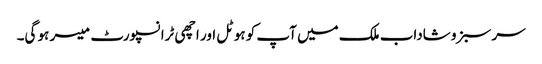
سر سبز و شاداب ملک میں آپ کو ہوٹل اور اچھی ٹرانسپورٹ میسر ہو گی۔